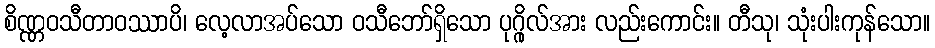
စိဏ္ဏဝသီတာဝဿာပိ၊ လေ့လာအပ်သော ဝသီဘော်ရှိသော ပုဂ္ဂိုလ်အား လည်းကောင်း။ တီသု၊ သုံးပါးကုန်သော။